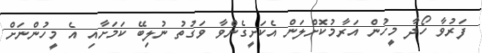
ފަރުވާ ހޯދާ މީހުން އަރާމުކޮށްލަން އެކަށީގެންވާ ވަގުތު ނުލިބޭ ކަމަށާއި އެ މީހުންނަށް